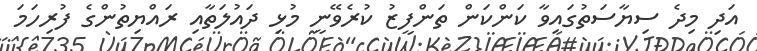
އަދި މިދެ ސިޔާސަތުގައިވާ ކަންކަން ތަންފީޒު ކުރެވޭނީ މުޅި ދައުލަތާއި ރައްޔިތުންގެ ފުރިހަމަ